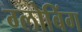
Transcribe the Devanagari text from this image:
ग्लोबिंग